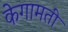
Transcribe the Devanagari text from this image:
केगामती